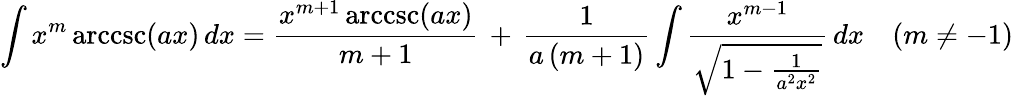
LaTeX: \int x^{m}\operatorname{arccsc}(ax)\, dx={\frac{x^{m+1}\operatorname{arccsc}(ax)}{m+1}}\, +\, {\frac{1}{a\, (m+1)}}\int{\frac{x^{m-1}}{\sqrt{1-{\frac{1}{a^{2}x^{2}}}}}}\, dx\quad(m\neq-1)